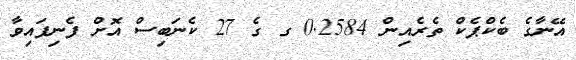
އޭނާގެ ބެކްޕެކް ތެރެއިން 0.2584 ގ ގެ 27 ކެނަބިސް އޮށް ފެނިފައިވާ